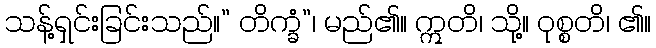
သန့်ရှင်းခြင်းသည်။” တိက္ခံ”၊ မည်၏။ ဣတိ၊ သို့။ ဝုစ္စတိ၊ ၏။